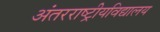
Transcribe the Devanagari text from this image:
अंतरराष्ट्रीयविद्यालय